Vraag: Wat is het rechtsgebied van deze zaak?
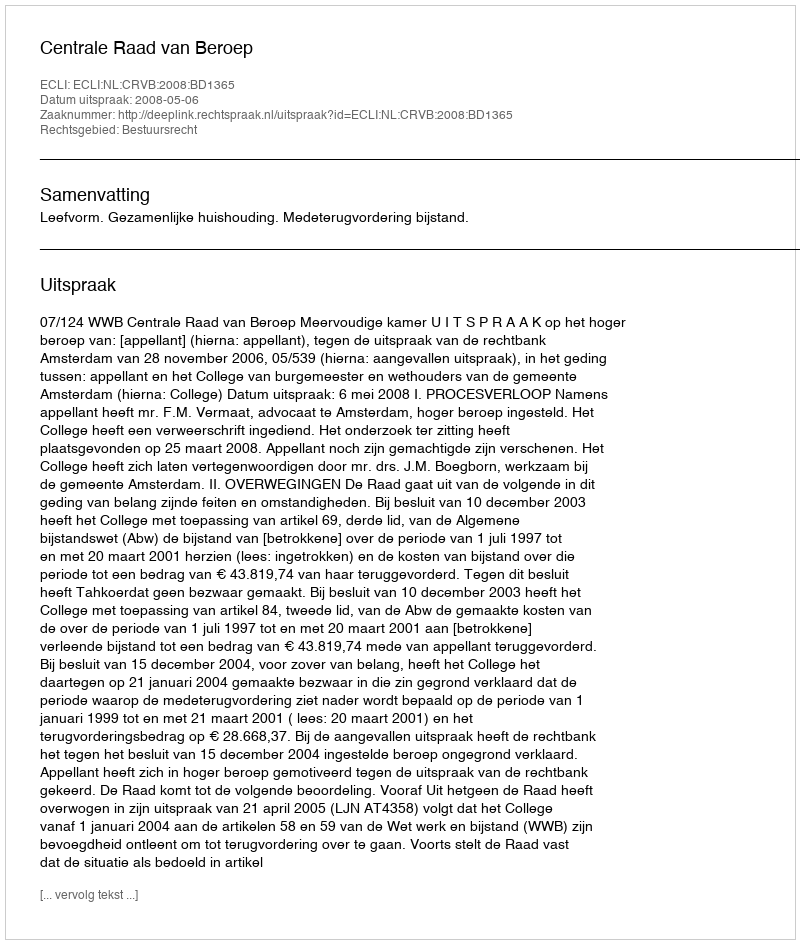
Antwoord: Bestuursrecht